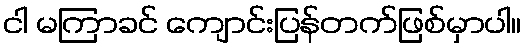
ငါ မကြာခင် ကျောင်းပြန်တက်ဖြစ်မှာပါ။